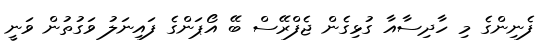
ފެނިންގެ މި ހާދިސާއާ ގުޅިގެން ޖެފްރޭސް ބޭ އޯޕަންގެ ފައިނަލު ވަގުތުން ވަނީ